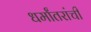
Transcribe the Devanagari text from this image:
धर्मांतरांची